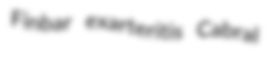
Finbar exarteritis Cabral